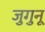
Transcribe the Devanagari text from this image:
जुगुनू